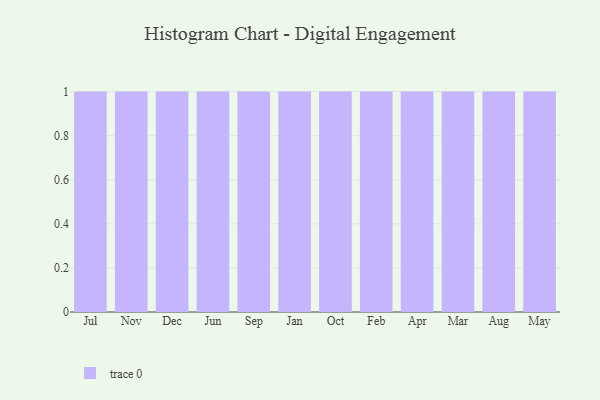
{"axis": {"x": "Month", "y": "Revenue (USD Million)"}, "legend": [""], "data": [{"x": "Jul", "y": 55, "type": ""}, {"x": "Nov", "y": 92, "type": ""}, {"x": "Dec", "y": 41, "type": ""}, {"x": "Jun", "y": 55, "type": ""}, {"x": "Sep", "y": 20, "type": ""}, {"x": "Jan", "y": 16, "type": ""}, {"x": "Oct", "y": 12, "type": ""}, {"x": "Feb", "y": 25, "type": ""}, {"x": "Apr", "y": 26, "type": ""}, {"x": "Mar", "y": 12, "type": ""}, {"x": "Aug", "y": 22, "type": ""}, {"x": "May", "y": 98, "type": ""}]}